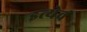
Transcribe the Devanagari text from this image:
इत्येवं